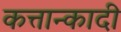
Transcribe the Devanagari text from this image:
कत्तान्कादी